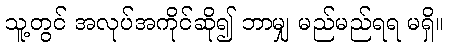
သူ့တွင် အလုပ်အကိုင်ဆို၍ ဘာမျှ မည်မည်ရရ မရှိ။